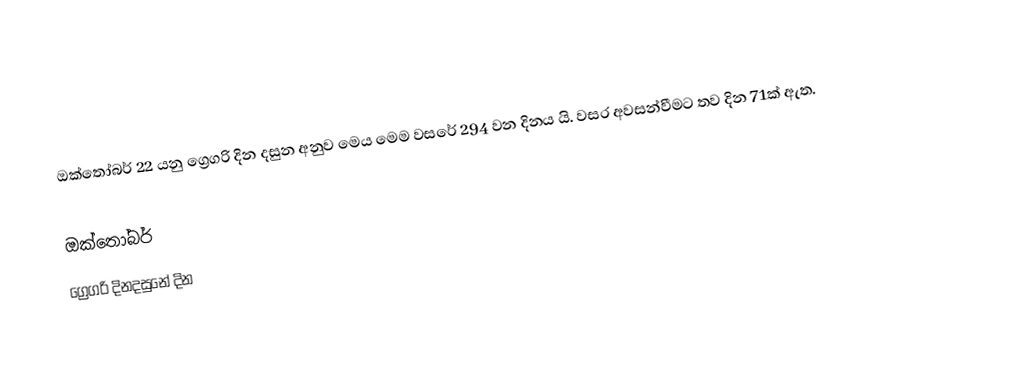
ඔක්තෝබර් 22 යනු ග්‍රෙගරි දින දසුන අනුව මෙය මෙම වසරේ 294 වන දිනය යි. වසර අවසන්වීමට තව දින 71ක් ඇත.

ඔක්තෝබර්
ග්‍රෙගරි දිනදසුනේ දින